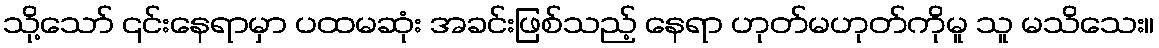
သို့သော် ၎င်းနေရာမှာ ပထမဆုံး အခင်းဖြစ်သည့် နေရာ ဟုတ်မဟုတ်ကိုမူ သူ မသိသေး။